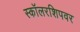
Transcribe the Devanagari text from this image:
स्कॉलरशिपवर